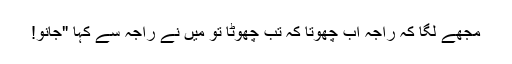
مجھے لگا کہ راجہ اب چھوتا کہ تب چھوٹا تو میں نے راجہ سے کہا "جانو!